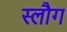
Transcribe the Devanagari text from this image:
स्लौग